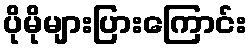
ပိုမိုများပြားကြောင်း